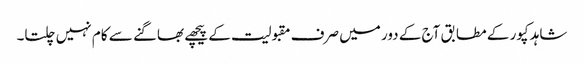
شاہد کپور کے مطابق آج کے دور میں صرف مقبولیت کے پیچھے بھاگنے سے کام نہیں چلتا۔